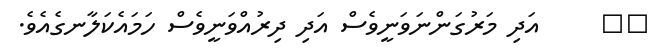
٤٤     އަދި މަރުގަންނަވަނީވެސް އަދި ދިރުއްވަނީވެސް ހަމައެކަލާނގެއެވެ.